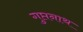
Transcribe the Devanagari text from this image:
गुप्तनाथ